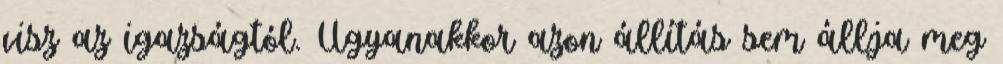
visz az igazságtól. Ugyanakkor azon állítás sem állja meg